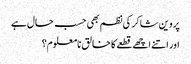
پروین شاکر کی نظم بھی حسب حال ہے
اور اتنے اچھے قطعے کا خالق نامعلوم؟